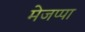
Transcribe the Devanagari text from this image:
मेजप्पा